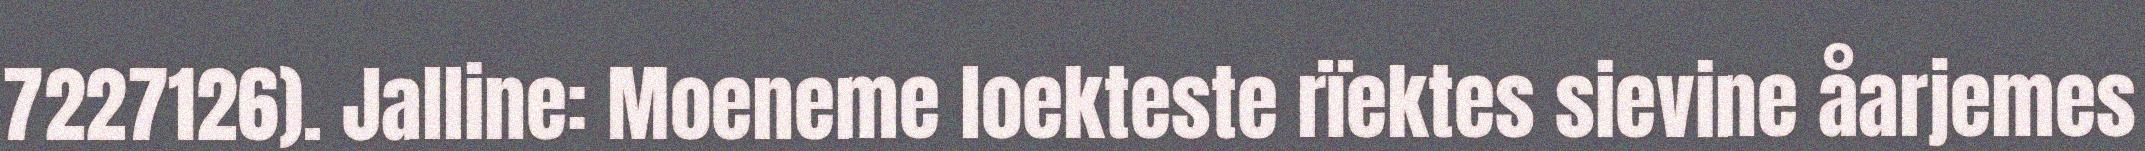
7227126). Jalline: Moeneme loekteste rïektes sievine åarjemes